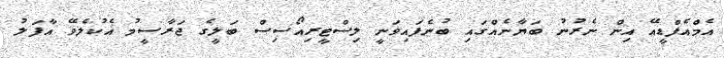
އެމްއެފްޑީއޭ އިން ނެރުނު ބަޔާނެއްގައި ބުނެފައިވަނީ ލިސްޓީރިއޯސިސް ބަލީގެ ޖަރާސީމު އެކުލެވޭ އާފަލު